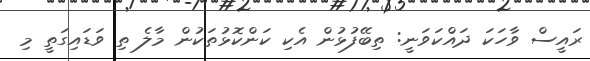
ރައީސް ވާހަކަ ދައްކަވަނީ: ތިބޭފުޅުން އެކި ކަންކޮޅުތަކުން މާލެ ތި ވަޑައިގަތީ މި